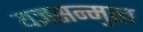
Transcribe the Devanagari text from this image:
यज्ञसन्मुख